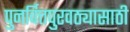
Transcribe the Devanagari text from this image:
पुनर्वित्तपुरवठ्यासाठी